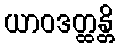
ယာဝဒတ္ထန္တိ